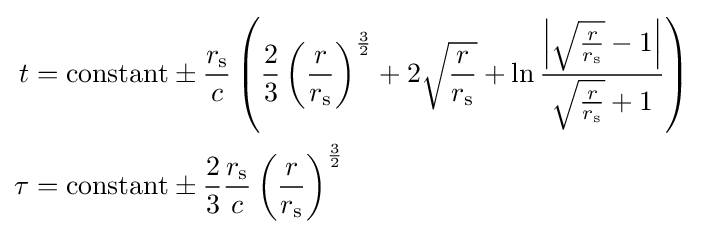
{\begin{aligned}t&={\text{constant}}\pm {\frac {r_{\text{s}}}{c}}\left({\frac {2}{3}}\left({\frac {r}{r_{\text{s}}}}\right)^{\frac {3}{2}}+2{\sqrt {\frac {r}{r_{\text{s}}}}}+\ln {\frac {\left|{\sqrt {\frac {r}{r_{\text{s}}}}}-1\right|}{{\sqrt {\frac {r}{r_{\text{s}}}}}+1}}\right)\\\tau &={\text{constant}}\pm {\frac {2}{3}}{\frac {r_{\text{s}}}{c}}\left({\frac {r}{r_{\text{s}}}}\right)^{\frac {3}{2}}\end{aligned}}